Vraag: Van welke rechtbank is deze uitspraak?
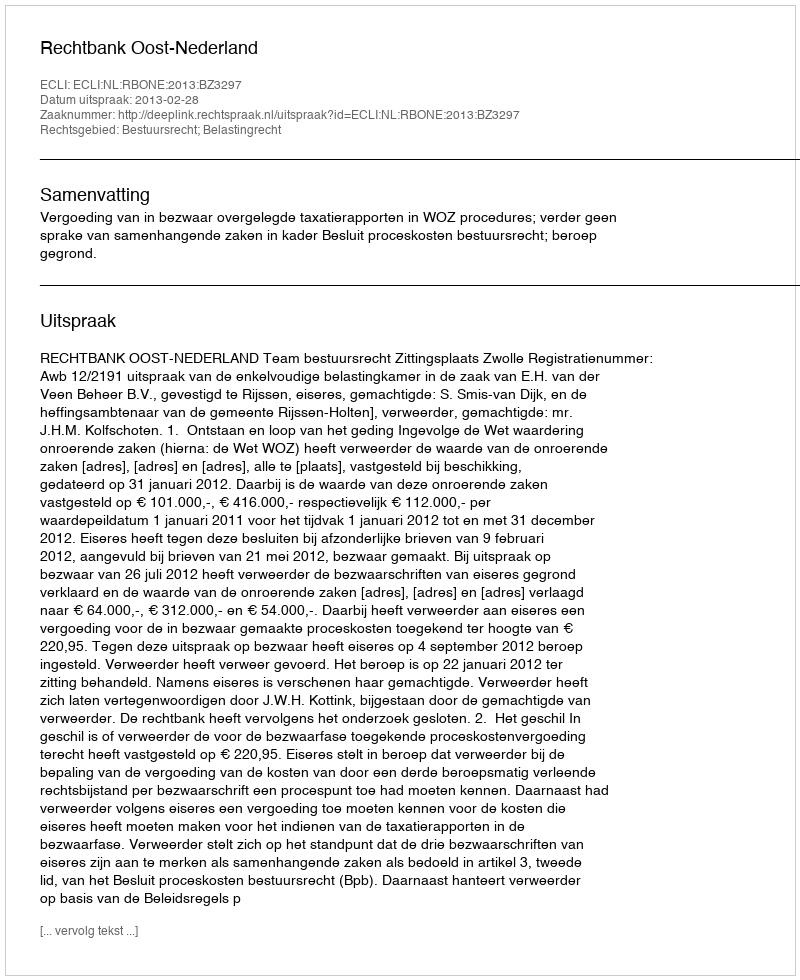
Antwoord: Rechtbank Oost-Nederland